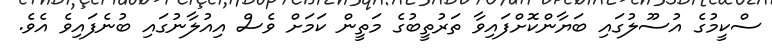
ސްކީމުގެ އުސޫލުގައި ބަޔާންކޮށްފައިވާ ތަރުތީބުގެ މަތީން ކަމަށް ވެސް އިއުލާނުގައި ބުނެފައިވެ އެވެ.